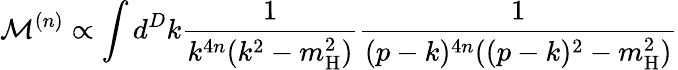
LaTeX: \mathcal{M}^{(n)}\propto\int d^{D}k\frac{1}{k^{4n}(k^{2}-m_{\mathrm{H}}^{2})}\frac{1}{(p-k)^{4n}((p-k)^{2}-m_{\mathrm{H}}^{2})}